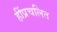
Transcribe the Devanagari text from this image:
हींप्रचलित